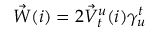
\begin{array} { r } { \vec { W } ( i ) = 2 \vec { V } _ { t } ^ { u } ( i ) \gamma _ { u } ^ { t } } \end{array}